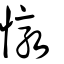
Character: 憞